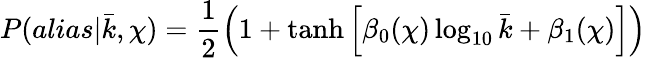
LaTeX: P(alias|\bar{k},\chi)=\frac{1}{2}\left(1+\operatorname{tanh}\left[\beta_{0}(\chi)\log_{10}\bar{k}+\beta_{1}(\chi)\right]\right)